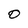
Character: O